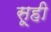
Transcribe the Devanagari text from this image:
सूही